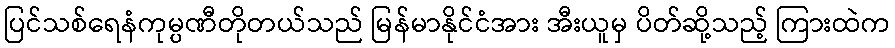
ပြင်သစ်ရေနံကုမ္ပဏီတိုတယ်သည် မြန်မာနိုင်ငံအား အီးယူမှ ပိတ်ဆို့သည့် ကြားထဲက